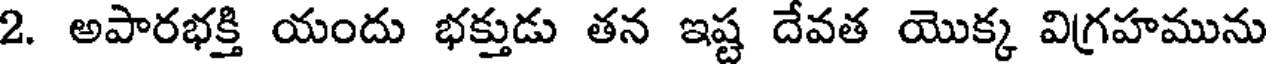
2. అపారభక్తి యందు భక్తుడు తన ఇష్ట దేవత యొక్క విగ్రహమును